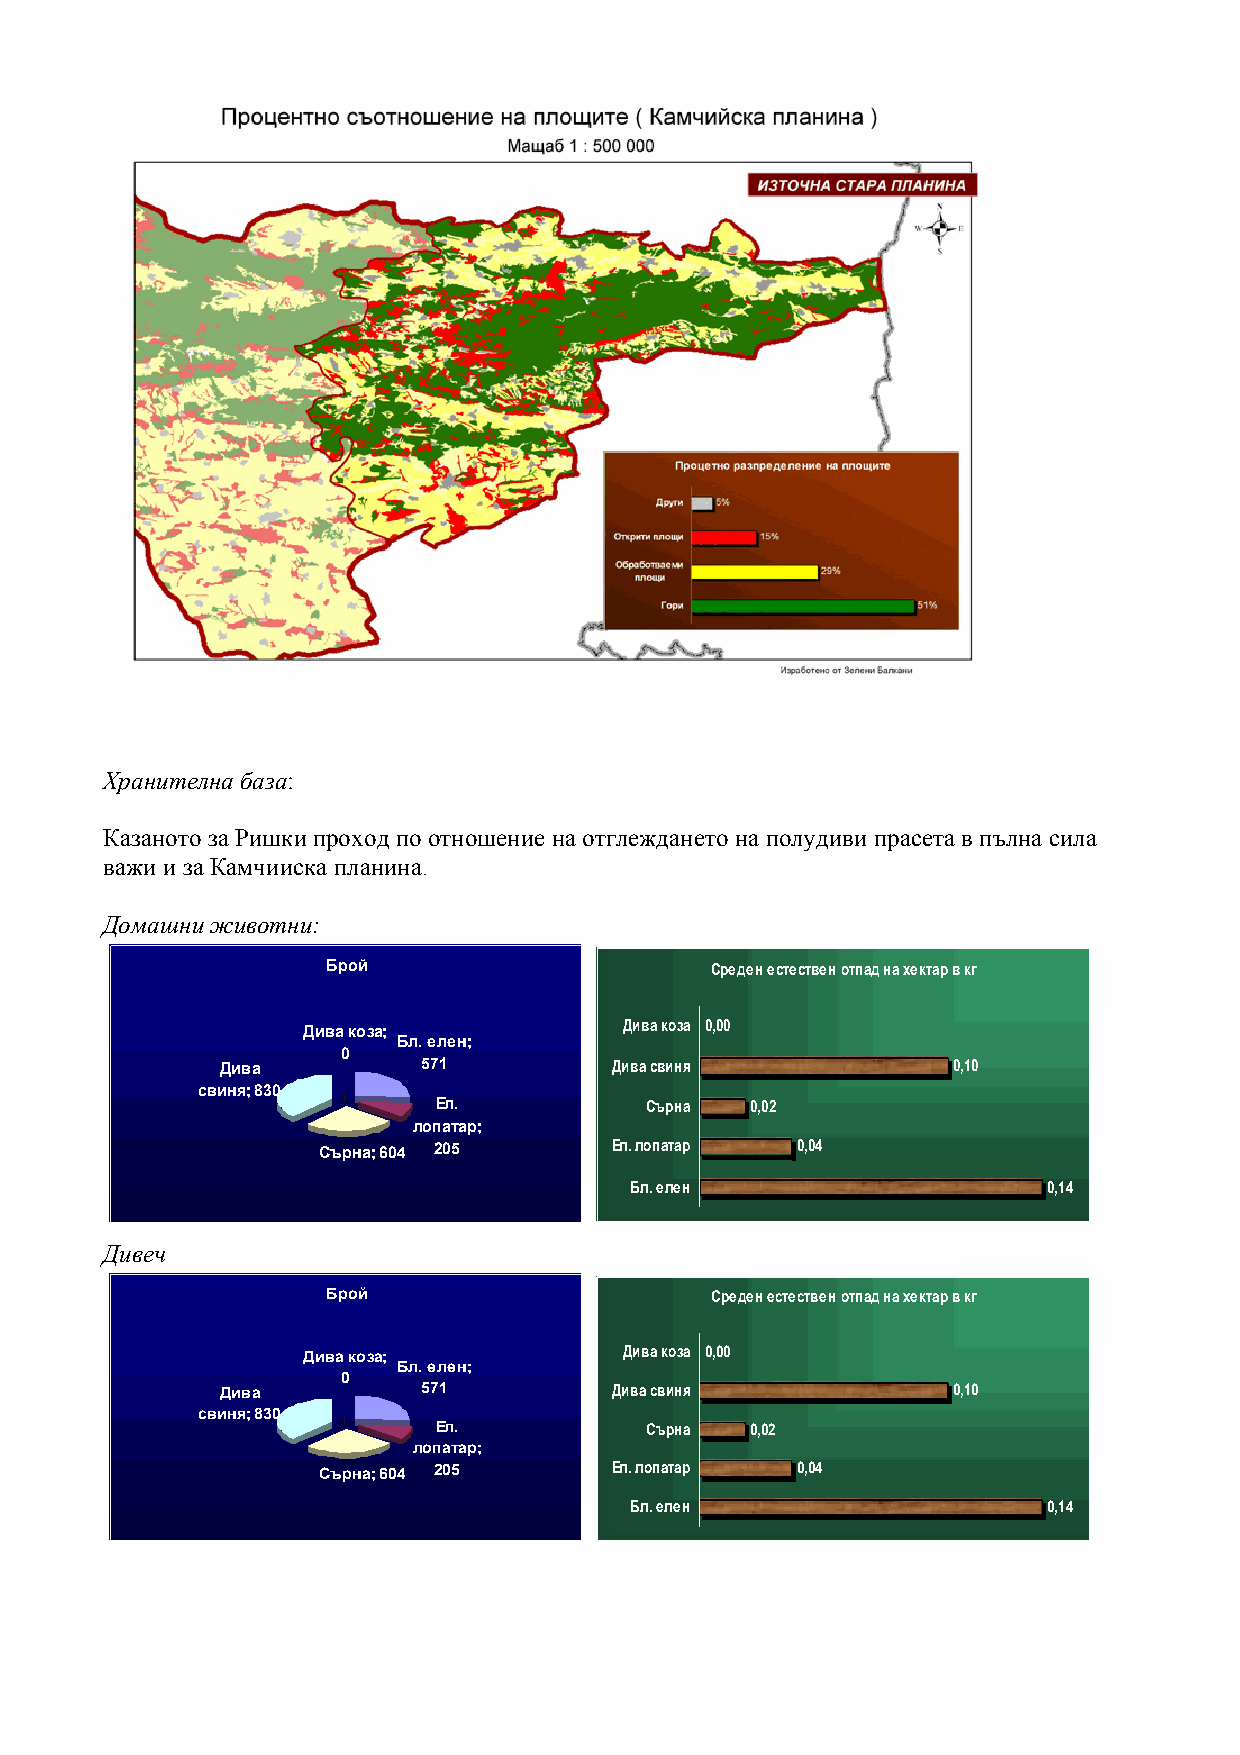
Хранителна база:
 Казаното за Ришки проход по отношение на отглеждането на полудиви прасета в пълна сила
 важи и за Камчииска планина.
 Домашни животни:
 Брой                     Среден естествен отпад на хектар в кг
 Дива коза;           Дива коза 0,00
 Бл. елен;
 0
 Дива         571          Дива свиня            0,10
 свиня; 830
 Eл.           Сърна  0,02
 лопатар;
 Сърна; 604 205      Eл. лопатар 0,04
 Бл. елен                   0,14
 Дивеч
 Брой                     Среден естествен отпад на хектар в кг
 Дива коза;           Дива коза 0,00
 Бл. елен;
 0
 Дива         571         Дива свиня             0,10
 свиня; 830
 Eл.           Сърна  0,02
 лопатар;
 Сърна; 604 205     Eл. лопатар  0,04
 Бл. елен                   0,14